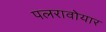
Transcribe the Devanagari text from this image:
पलरावोयार